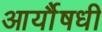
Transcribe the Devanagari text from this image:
आर्यौषधी